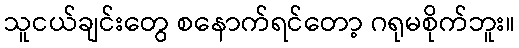
သူငယ်ချင်းတွေ စနောက်ရင်တော့ ဂရုမစိုက်ဘူး။